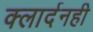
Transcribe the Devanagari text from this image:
क्लार्दनही